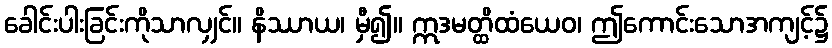
ခေါင်းပါးခြင်းကိုသာလျှင်။ နိဿာယ၊ မှီ၍။ ဣဒမတ္ထိထံယေဝ၊ ဤကောင်းသောအကျင့်၌